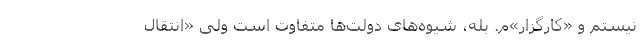
نیستم و «کارگزار»م. بله، شیوه‌های دولت‌ها متفاوت است ولی «انتقال